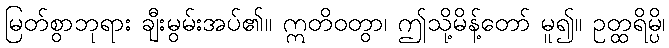
မြတ်စွာဘုရား ချီးမွမ်းအပ်၏။ ဣတိဝတွာ၊ ဤသို့မိန့်တော် မူ၍။ ဥတ္ထရိမ္ပိ၊